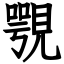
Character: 覨